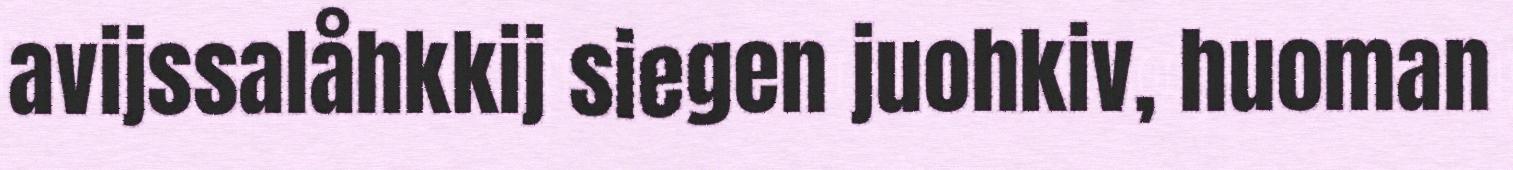
avijssalåhkkij siegen juohkiv, huoman